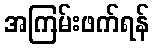
အကြမ်းဖက်ရန်